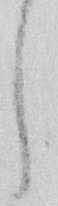
し